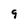
Character: 9